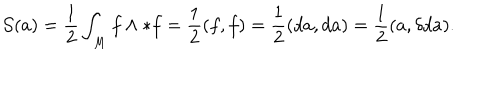
LaTeX: { \cal S } ( a ) = \frac { 1 } { 2 } \int _ { M } f \wedge * f = \frac { 1 } { 2 } ( f , f ) = \frac { 1 } { 2 } ( d a , d a ) = \frac { 1 } { 2 } ( a , \delta d a ) .